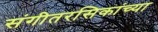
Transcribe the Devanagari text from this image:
संगीतरसिकांच्या